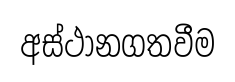
අස්ථානගතවීම